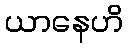
ယာနေဟိ